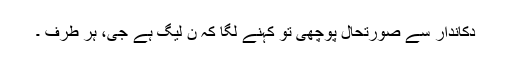
دکاندار سے صورتحال پوچھی تو کہنے لگا کہ ن لیگ ہے جی، ہر طرف ۔